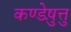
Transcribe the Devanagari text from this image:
कण्डेष़ुत्तु